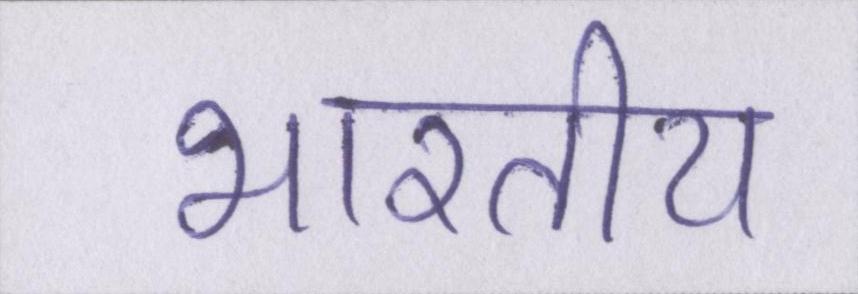
भारतीय